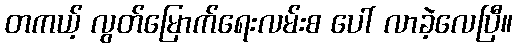
တကယ့် လွတ်မြောက်ရေးလမ်းစ ပေါ် လာခဲ့လေပြီ။